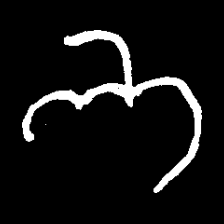
Pyu character \u2014 Myanmar letter: ဘ (romanized: bha)